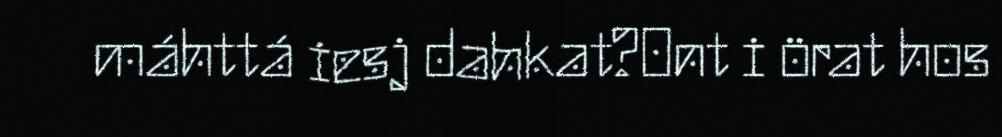
máhttá iesj dahkat?Ont i örat hos